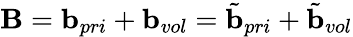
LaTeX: \mathbf{B}=\mathbf{b}_{pri}+\mathbf{b}_{vol}=\tilde{\mathbf{b}}_{pri}+\tilde{\mathbf{b}}_{vol}